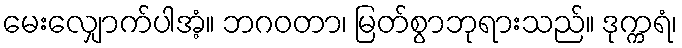
မေးလျှောက်ပါအံ့။ ဘဂဝတာ၊ မြတ်စွာဘုရားသည်။ ဒုက္ကရံ၊